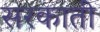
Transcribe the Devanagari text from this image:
सरकाती